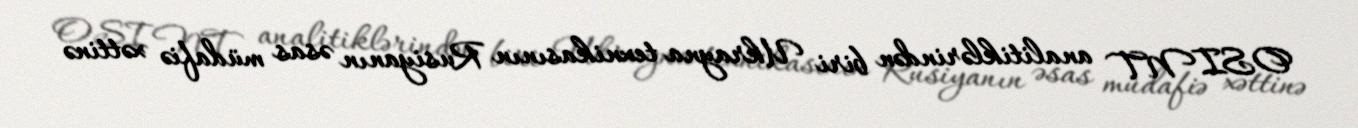
OSINT analitiklərindən biri Ukrayna texnikasının Rusiyanın əsas müdafiə xəttinə